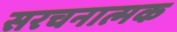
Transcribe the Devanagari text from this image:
सरचनात्मक